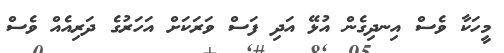
މީހަކާ ވެސް އިނދިގެން އުޅޭ އަދި ފަސް ވަރަކަށް އަހަރުގެ ދަރިއެއް ވެސް